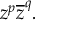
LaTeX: z ^ { p } { \overline { { z } } } ^ { q } .